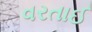
વરતાઈ